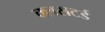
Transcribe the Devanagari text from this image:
क्लसटर्ड